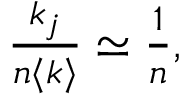
\begin{array} { r } { \frac { k _ { j } } { n \langle k \rangle } \simeq \frac { 1 } { n } , } \end{array}